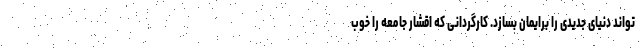
تواند دنیای جدیدی را برایمان بسازد. کارگردانی که اقشار جامعه را خوب